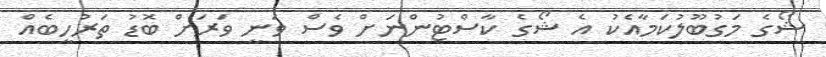
ޝޯގެ މަގުބޫލުކަމާއެކު އެ ޝޯގެ ކާސްޓުންނަށް ވެސް ވަނީ ވަރަށް ބޮޑު ތަރުހީބެއް